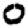
Digit: 0